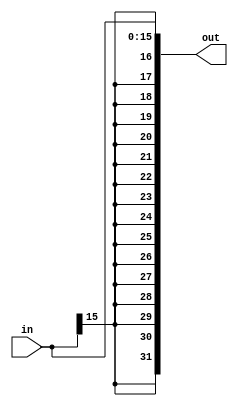
// ,   
// 16-    32-
module sign_extend(in, out);
  input [15:0] in;
  output [31:0] out;

  assign out = {{16{in[15]}}, in};
endmodule

module jump_extend(in, out);
  input [25:0] in;
  output [31:0] out;

  assign out = {6'b000000, in};
endmodule

// ,     
//   2 
module shl_2(in, out);
  input [31:0] in;
  output [31:0] out;

  assign out = {in[29:0], 2'b00};
endmodule

// 32  
module adder(a, b, out);
  input [31:0] a, b;
  output [31:0] out;

  assign out = a + b;
endmodule

// 32- 
module mux2_32(d0, d1, a, out);
  input [31:0] d0, d1;
  input a;
  output [31:0] out;
  assign out = a ? d1 : d0;
endmodule

// 5 -  
module mux2_5(d0, d1, a, out);
  input [4:0] d0, d1;
  input a;
  output [4:0] out;
  assign out = a ? d1 : d0;
endmodule

module mux2_1(d0, d1, a, out);
  input d0, d1;
  input a;
  output out;
  assign out = a ? d1 : d0;
endmodule

module alu(a, b, control, out, zero);
  input signed [31:0] a, b;
  input [2:0] control;
  output reg [31:0] out;
  output reg zero;

  reg [31:0] srcb;

  always @(control or a or b) begin
    if (control[2]) srcb = ~b + 1;
    else srcb = b;

    case (control[1:0])
      2'b00: out = a & srcb;
      2'b01: out = a | srcb;
      2'b10: out = a + srcb;
      2'b11: begin
        if (control[2]) begin
          if (a < b) out = 1;
          else out = 0;
        end
      end
    endcase

    if (out == 0) zero = 1;
    else zero = 0;
  end
endmodule

module and_gate(a, b, out);
  input wire a, b;
  output wire out;

  wire nand_out;

  nand_gate nand_gate1(a, b, nand_out);
  not_gate not_gate1(nand_out, out);
endmodule

module nand_gate(a, b, out);
  input wire a, b;
  output out;

  supply1 pwr;
  supply0 gnd;

  wire nmos1_out;

  pmos pmos1(out, pwr, a);
  pmos pmos2(out, pwr, b);

  nmos nmos1(nmos1_out, gnd, b);
  nmos nmos2(out, nmos1_out, a);
endmodule


module not_gate(a, out);
  input wire a;
  output out;

  supply1 pwr;
  supply0 gnd;

  pmos pmos1(out, pwr, a);
  nmos nmos1(out, gnd, a);
endmodule